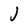
Character: j